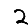
Digit: 2